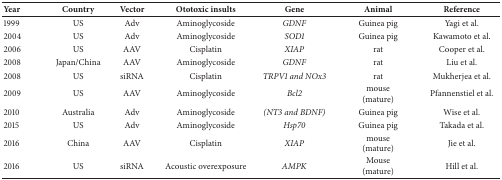
| Year | Country | Vector | Ototoxic insults | Gene | Animal | Reference |
 | --- | --- | --- | --- | --- | --- | --- |
 | 1999 | US | Adv | Aminoglycoside | GDNF | Guinea pig | Yagi et al. |
 | 2004 | US | Adv | Aminoglycoside | SOD1 | Guinea pig | Kawamoto et al. |
 | 2006 | US | AAV | Cisplatin | XIAP | rat | Cooper et al. |
 | 2008 | Japan/China | AAV | Aminoglycoside | GDNF | rat | Liu et al. |
 | 2008 | US | siRNA | Cisplatin | TRPV1 and NOx3 | rat | Mukherjea et al. |
 | 2009 | US | AAV | Aminoglycoside | Bcl2 | mouse(mature) | Pfannenstiel et al. |
 | 2010 | Australia | Adv | Aminoglycoside | (NT3 and BDNF) | Guinea pig | Wise et al. |
 | 2015 | US | Adv | Aminoglycoside | Hsp70 | Guinea pig | Takada et al. |
 | 2016 | China | AAV | Cisplatin | XIAP | mouse(mature) | Jie et al. |
 | 2016 | US | siRNA | Acoustic overexposure | AMPK | Mouse(mature) | Hill et al. |